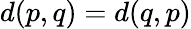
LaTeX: d(p,q)=d(q,p)